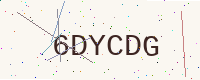
Text: 6DYCDG